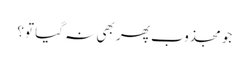
جو مجذوب پھر بھی نہ گیا تو؟